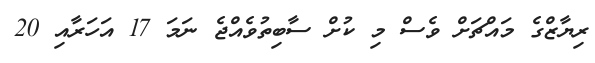
ރިޔާޒްގެ މައްޗަށް ވެސް މި ކުށް ސާބިތުވެއްޖެ ނަމަ 17 އަހަރާއި 20